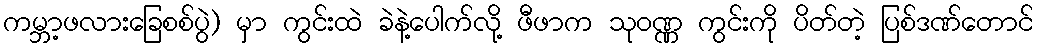
ကမ္ဘာ့ဖလားခြေစစ်ပွဲ) မှာ ကွင်းထဲ ခဲနဲ့ပေါက်လို့ ဖီဖာက သုဝဏ္ဏ ကွင်းကို ပိတ်တဲ့ ပြစ်ဒဏ်တောင်